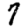
Digit: 7